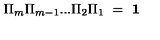
\Pi _ { m } \Pi _ { m - 1 } . . . \Pi _ { 2 } \Pi _ { 1 } \ = \ \mathrm { \bf 1 }